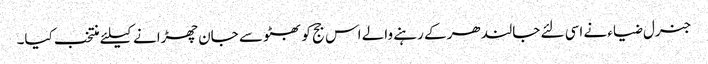
جنرل ضیاء نے اسی لئے جالندھر کے رہنے والے اس جج کو بھٹو سے جان چھڑانے کیلئے منتخب کیا۔